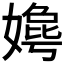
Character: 𫱦